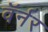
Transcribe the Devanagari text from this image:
वॅर्नर